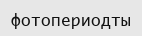
фотопериодты